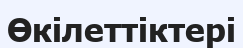
Өкілеттіктері